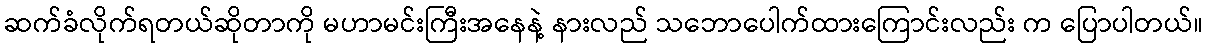
ဆက်ခံလိုက်ရတယ်ဆိုတာကို မဟာမင်းကြီးအနေနဲ့ နားလည် သဘောပေါက်ထားကြောင်းလည်း က ပြောပါတယ်။